Annual administration report of the Civil Veterinary Department of India - 1903-1904
Year: 1903
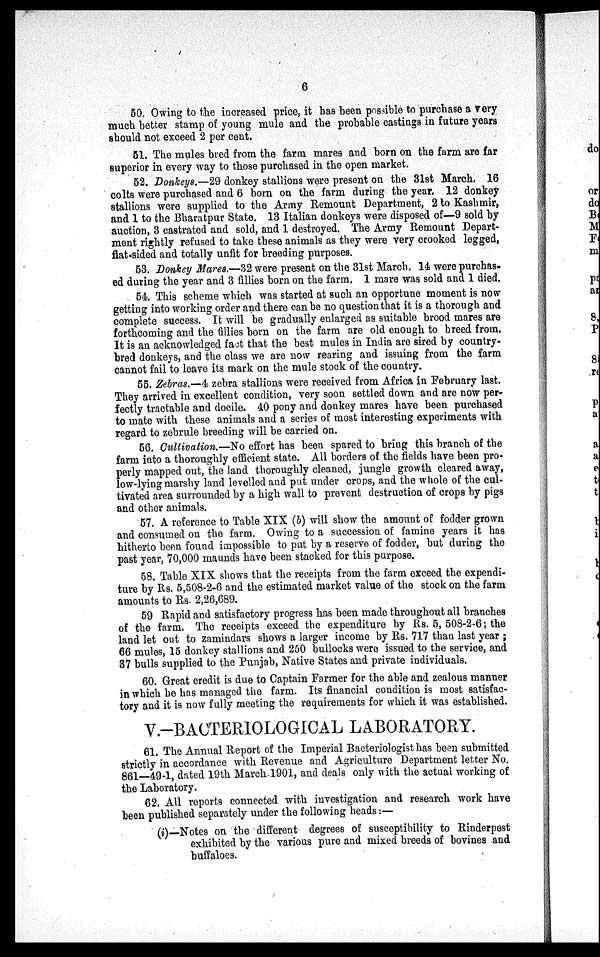
6
50. Owing to the increased price, it has been possible to purchase a very
much better stamp of young mule and the probable castings in future years
should not exceed 2 per cent.
51. The mules bred from the farm mares and born on the farm are far
superior in every way to those purchased in the open market.
52. Donkeys.—29 donkey stallions were present on the 31st March, 16
colts were purchased and 6 born on the farm during the year. 12 donkey
stallions were supplied to the Army Remount Department, 2 to Kashmir,
and 1 to the Bharatpur State. 13 Italian donkeys were disposed of—9 sold by
auction, 3 castrated and sold, and 1 destroyed. The Army Remount Depart-
ment rightly refused to take these animals as they were very crooked legged,
flat-sided and totally unfit for breeding purposes.
53. Donkey Mares.—32 were present on the 31st March. 14 were purchas-
ed during the year and 3 fillies born on the farm. 1 mare was sold and 1 died.
54. This scheme which was started at such an opportune moment is now
getting into working order and there can be no question that it is a thorough and
complete success. It will be gradually enlarged as suitable brood mares are
forthcoming and the fillies born on the farm are old enough to breed from.
It is an acknowledged fact that the best mules in India are sired by country-
bred donkeys, and the class we are now rearing and issuing from the farm
cannot fail to leave its mark on the mule stock of the country.
55. Zebras.—4 zebra stallions were received from Africa in February last.
They arrived in excellent condition, very soon settled down and are now per-
fectly tractable and docile. 40 pony and donkey mares have been purchased
to mate with these animals and a series of most interesting experiments with
regard to zebrule breeding will be carried on.
56. Cultivation.—No effort has been spared to bring this branch of the
farm into a thoroughly efficient state. All borders of the fields have been pro-
perly mapped out, the land thoroughly cleaned, jungle growth cleared away,
low-lying marshy land levelled and put under crops, and the whole of the cul-
tivated area surrounded by a high wall to prevent destruction of crops by pigs
and other animals.
57. A reference to Table XIX (b) will show the amount of fodder grown
and consumed on the farm. Owing to a succession of famine years it has
hitherto been found impossible to put by a reserve of fodder, but during the
past year, 70,000 maunds have been stacked for this purpose.
58. Table XIX shows that the receipts from the farm exceed the expendi-
ture by Rs. 5,508-2-6 and the estimated market value of the stock on the farm
amounts to Rs. 2,26,689.
59 Rapid and satisfactory progress has been made throughout all branches
of the farm. The receipts exceed the expenditure by Rs. 5, 508-2-6; the
land let out to zamindars shows a larger income by Rs. 717 than last year;
66 mules, 15 donkey stallions and 250 bullocks were issued to the service, and
37 bulls supplied to the Punjab, Native States and private individuals.
60. Great credit is due to Captain Farmer for the able and zealous manner
in which he has managed the farm. Its financial condition is most satisfac-
tory and it is now fully meeting the requirements for which it was established.
V.-BACTERIOLOGICAL LABORATORY.
61. The Annual Report of the Imperial Bacteriologist has been submitted
strictly in accordance with Revenue and Agriculture Department letter No.
861—49-1, dated 19th March 1901, and deals only with the actual working of
the Laboratory.
62. All reports connected with investigation and research work have
been published separately under the following heads:—
(i)-Notes on the different degrees of susceptibility to Rinderpest
exhibited by the various pure and mixed breeds of bovines and
buffaloes.